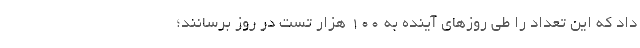
داد که این تعداد را طی روزهای آینده به ۱۰۰ هزار تست در روز برسانند؛